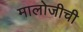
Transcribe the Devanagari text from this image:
मालोजीची